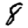
Digit: 8